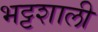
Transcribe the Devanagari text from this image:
भट्टशाली